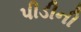
પીડીની